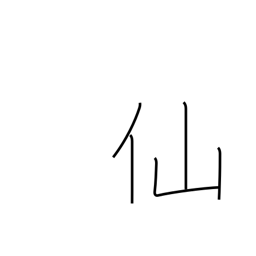
Meaning: cent